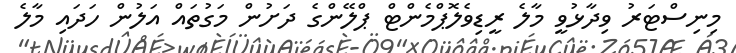
މިނިސްޓަރު ވިދާޅުވީ މާލެ ރީޑިވެލޮޕްމެންޓް ޕްލޭންގެ ދަށުން މަގުތައް އަލުން ހަދައި މާލެ